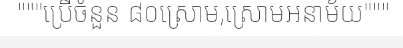
"""ប្រើចំនួន ៨០ស្រោម,ស្រោមអនាម័យ"""